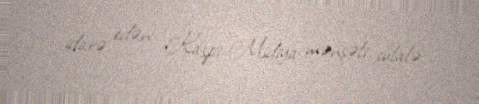
idarə edən Kaspi-Midiya mənşəli sülalə.